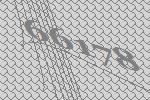
66178